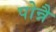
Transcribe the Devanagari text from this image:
पोन्नै